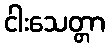
ငါးသေတ္တာ